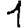
Digit: 1